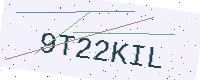
Text: 9T22KIL